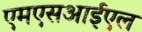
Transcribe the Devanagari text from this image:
एमएसआईएल